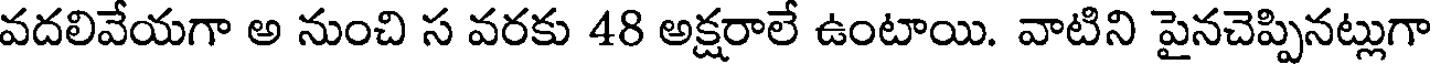
వదలివేయగా అ నుంచి స వరకు 48 అక్షరాలే ఉంటాయి. వాటిని పైనచెప్పినట్లుగా